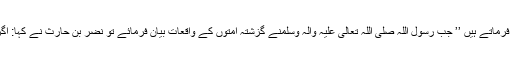
} حضرت عبداللہ بن عباس رَضِیَ اللہُ تَعَالٰی عَنْہُمَا فرماتے ہیں ’’ جب رسولُ اللہ صَلَّی اللہُ تَعَالٰی عَلَیْہِ وَاٰلِہٖ وَسَلَّمَنے گزشتہ امتوں کے واقعات بیان فرمائے تو نضر بن حارث نے کہا: اگر میں چاہوں تو اس جیسے واقعات کہہ سکتا ہوں۔